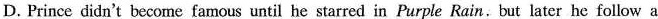
D.Prince didn't become famous until he starred in Purple Rain、but later he follow a